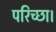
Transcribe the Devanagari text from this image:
परिच्‍छा।